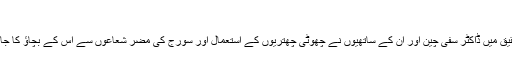
‘‘
اس تحقیق میں ڈاکٹر سفی چین اور ان کے ساتھیوں نے چھوٹی چھتریوں کے استعمال اور سورج کی مضر شعاعوں سے اس کے بچاؤ کا جائزہ لیا۔